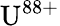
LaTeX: {\mathrm{U}}^{88+}